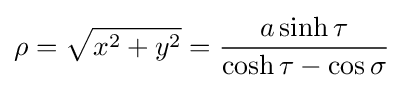
\rho ={\sqrt {x^{2}+y^{2}}}={\frac {a\sinh \tau }{\cosh \tau -\cos \sigma }}